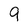
Character: 9